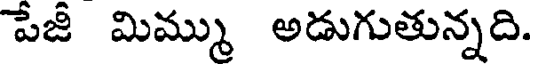
పేజీ మిమ్ము అడుగుతున్నది.